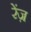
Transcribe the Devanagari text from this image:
रेंज़